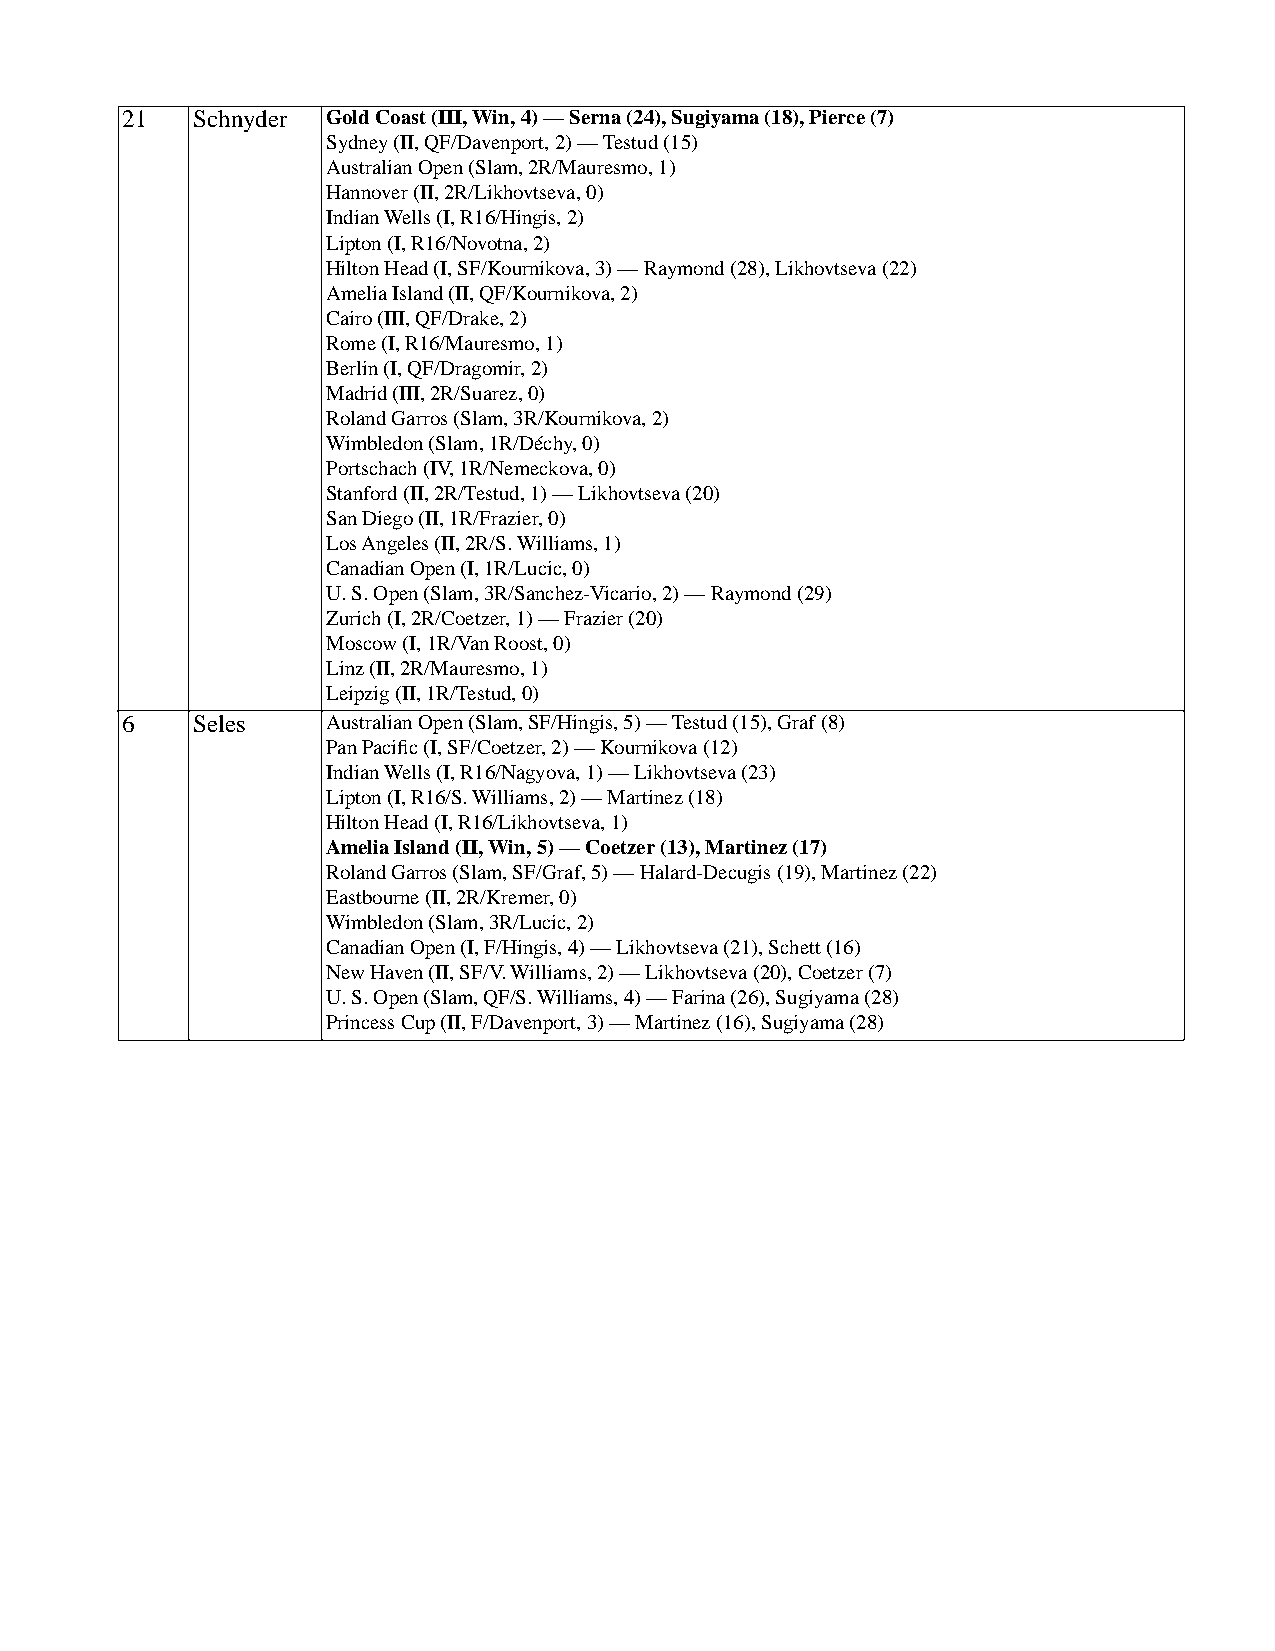
21  Schnyder Gold Coast (III, Win, 4) — Serna (24), Sugiyama (18), Pierce (7)
 Sydney (II, QF/Davenport, 2) — Testud (15)
 Australian Open (Slam, 2R/Mauresmo, 1)
 Hannover (II, 2R/Likhovtseva, 0)
 Indian Wells (I, R16/Hingis, 2)
 Lipton (I, R16/Novotna, 2)
 Hilton Head (I, SF/Kournikova, 3) — Raymond (28), Likhovtseva (22)
 Amelia Island (II, QF/Kournikova, 2)
 Cairo (III, QF/Drake, 2)
 Rome (I, R16/Mauresmo, 1)
 Berlin (I, QF/Dragomir, 2)
 Madrid (III, 2R/Suarez, 0)
 Roland Garros (Slam, 3R/Kournikova, 2)
 Wimbledon (Slam, 1R/Déchy, 0)
 Portschach (IV, 1R/Nemeckova, 0)
 Stanford (II, 2R/Testud, 1) — Likhovtseva (20)
 San Diego (II, 1R/Frazier, 0)
 Los Angeles (II, 2R/S. Williams, 1)
 Canadian Open (I, 1R/Lucic, 0)
 U. S. Open (Slam, 3R/Sanchez-Vicario, 2) — Raymond (29)
 Zurich (I, 2R/Coetzer, 1) — Frazier (20)
 Moscow (I, 1R/Van Roost, 0)
 Linz (II, 2R/Mauresmo, 1)
 Leipzig (II, 1R/Testud, 0)
 6   Seles    Australian Open (Slam, SF/Hingis, 5) — Testud (15), Graf (8)
 Pan Pacific (I, SF/Coetzer, 2) — Kournikova (12)
 Indian Wells (I, R16/Nagyova, 1) — Likhovtseva (23)
 Lipton (I, R16/S. Williams, 2) — Martinez (18)
 Hilton Head (I, R16/Likhovtseva, 1)
 Amelia Island (II, Win, 5) — Coetzer (13), Martinez (17)
 Roland Garros (Slam, SF/Graf, 5) — Halard-Decugis (19), Martinez (22)
 Eastbourne (II, 2R/Kremer, 0)
 Wimbledon (Slam, 3R/Lucic, 2)
 Canadian Open (I, F/Hingis, 4) — Likhovtseva (21), Schett (16)
 New Haven (II, SF/V. Williams, 2) — Likhovtseva (20), Coetzer (7)
 U. S. Open (Slam, QF/S. Williams, 4) — Farina (26), Sugiyama (28)
 Princess Cup (II, F/Davenport, 3) — Martinez (16), Sugiyama (28)